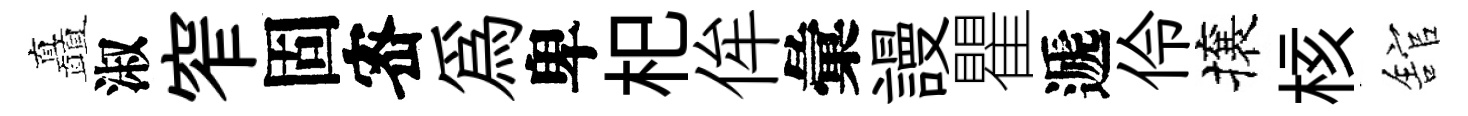
矗淑窄固宻為卑𣏌侔彙謾瞿遞伶攘核舘